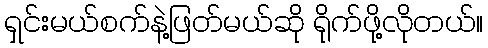
ရှင်းမယ်စက်နဲ့ဖြတ်မယ်ဆို ရိုက်ဖို့လိုတယ်။